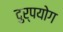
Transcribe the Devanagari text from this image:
दुर्पयोग